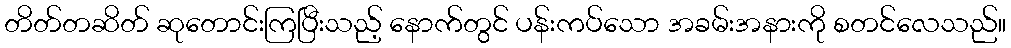
တိတ်တဆိတ် ဆုတောင်းကြပြီးသည့် နောက်တွင် ပန်းကပ်သော အခမ်းအနားကို စတင်လေသည်။